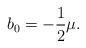
LaTeX: \begin{align*}b_{0}=-\frac{1}{2}\mu.\end{align*}